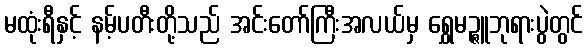
မထုံးရီနှင့် နမ့်ပတီးတို့သည် အင်းတော်ကြီးအလယ်မှ ရွှေမဉ္ဇူဘုရားပွဲတွင်